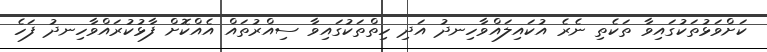
ކަށްވަޅުތަކުގައިވާ ތަކެތި ނެރެ އުކައިލައްވާހިނދު އަދި ހިތްތަކުގައިވާ ސިއްރުތައް އެއްކޮށް ފާޅުކުރައްވާހިނދު ފަހެ